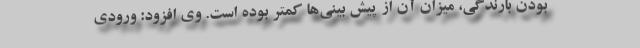
بودن بارندگی، میزان آن از پیش بینی‌ها کمتر بوده است. وی افزود: ورودی